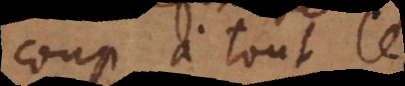
coup à tout le